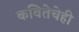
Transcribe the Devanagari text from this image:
कवितेचेही